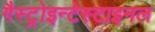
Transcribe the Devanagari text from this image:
गैस्ट्रोइन्टेस्टाइनल